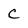
Character: c